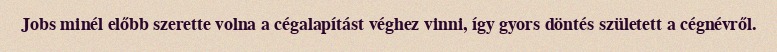
Jobs minél előbb szerette volna a cégalapítást véghez vinni, így gyors döntés született a cégnévről.